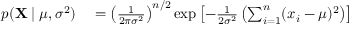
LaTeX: \begin{array} { r l } { p ( \mathbf { X } \mid \mu , \sigma ^ { 2 } ) } & { { } = \left( { \frac { 1 } { 2 \pi \sigma ^ { 2 } } } \right) ^ { n / 2 } \exp \left[ - { \frac { 1 } { 2 \sigma ^ { 2 } } } \left( \sum _ { i = 1 } ^ { n } ( x _ { i } - \mu ) ^ { 2 } \right) \right] } \end{array}